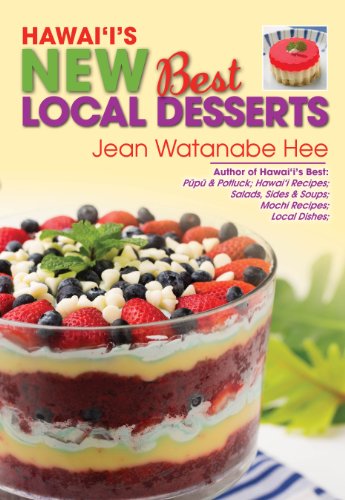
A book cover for Hawaii's New Best Local Desserts; Jean Watanabe Hee; Cookbooks, Food & Wine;